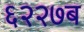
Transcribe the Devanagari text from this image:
६२२७ब